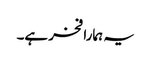
یہ ہمارا فخر ہے۔